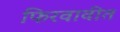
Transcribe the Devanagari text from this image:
फिरवावीत